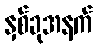
နှစ်ခုအနက်